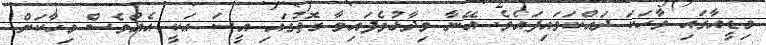
މިޑީއާގައި ވާހަކަ ދައްކަވައިފައެވެ. އޭނާ ވިދާޅުވެފައިވާ ގޮތުގައި އީސަ އަކީ އެއްވެސް މިހާކަށް